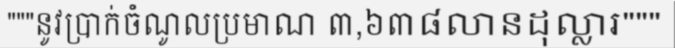
"""នូវប្រាក់ចំណូលប្រមាណ ៣,៦៣៨លានដុល្លារ"""